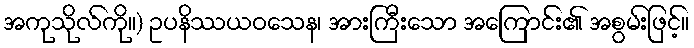
အကုသိုလ်ကို။) ဥပနိဿယဝသေန၊ အားကြီးသော အကြောင်း၏ အစွမ်းဖြင့်။